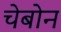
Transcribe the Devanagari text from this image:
चेबोन